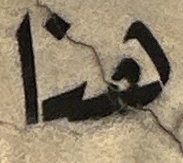
هنا